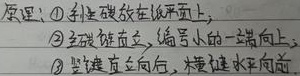
原理：
\textcircled{1} 斜杠横放在水平面上；
\textcircled{2} 竖破垂直立，编号小的一端向上；
\textcircled{3} 竖破直立向后， 横破水平向前 。